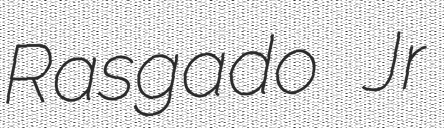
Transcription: Rasgado Jr